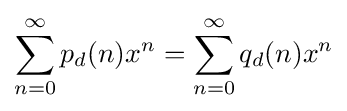
\sum _{n=0}^{\infty }p_{d}(n)x^{n}=\sum _{n=0}^{\infty }q_{d}(n)x^{n}